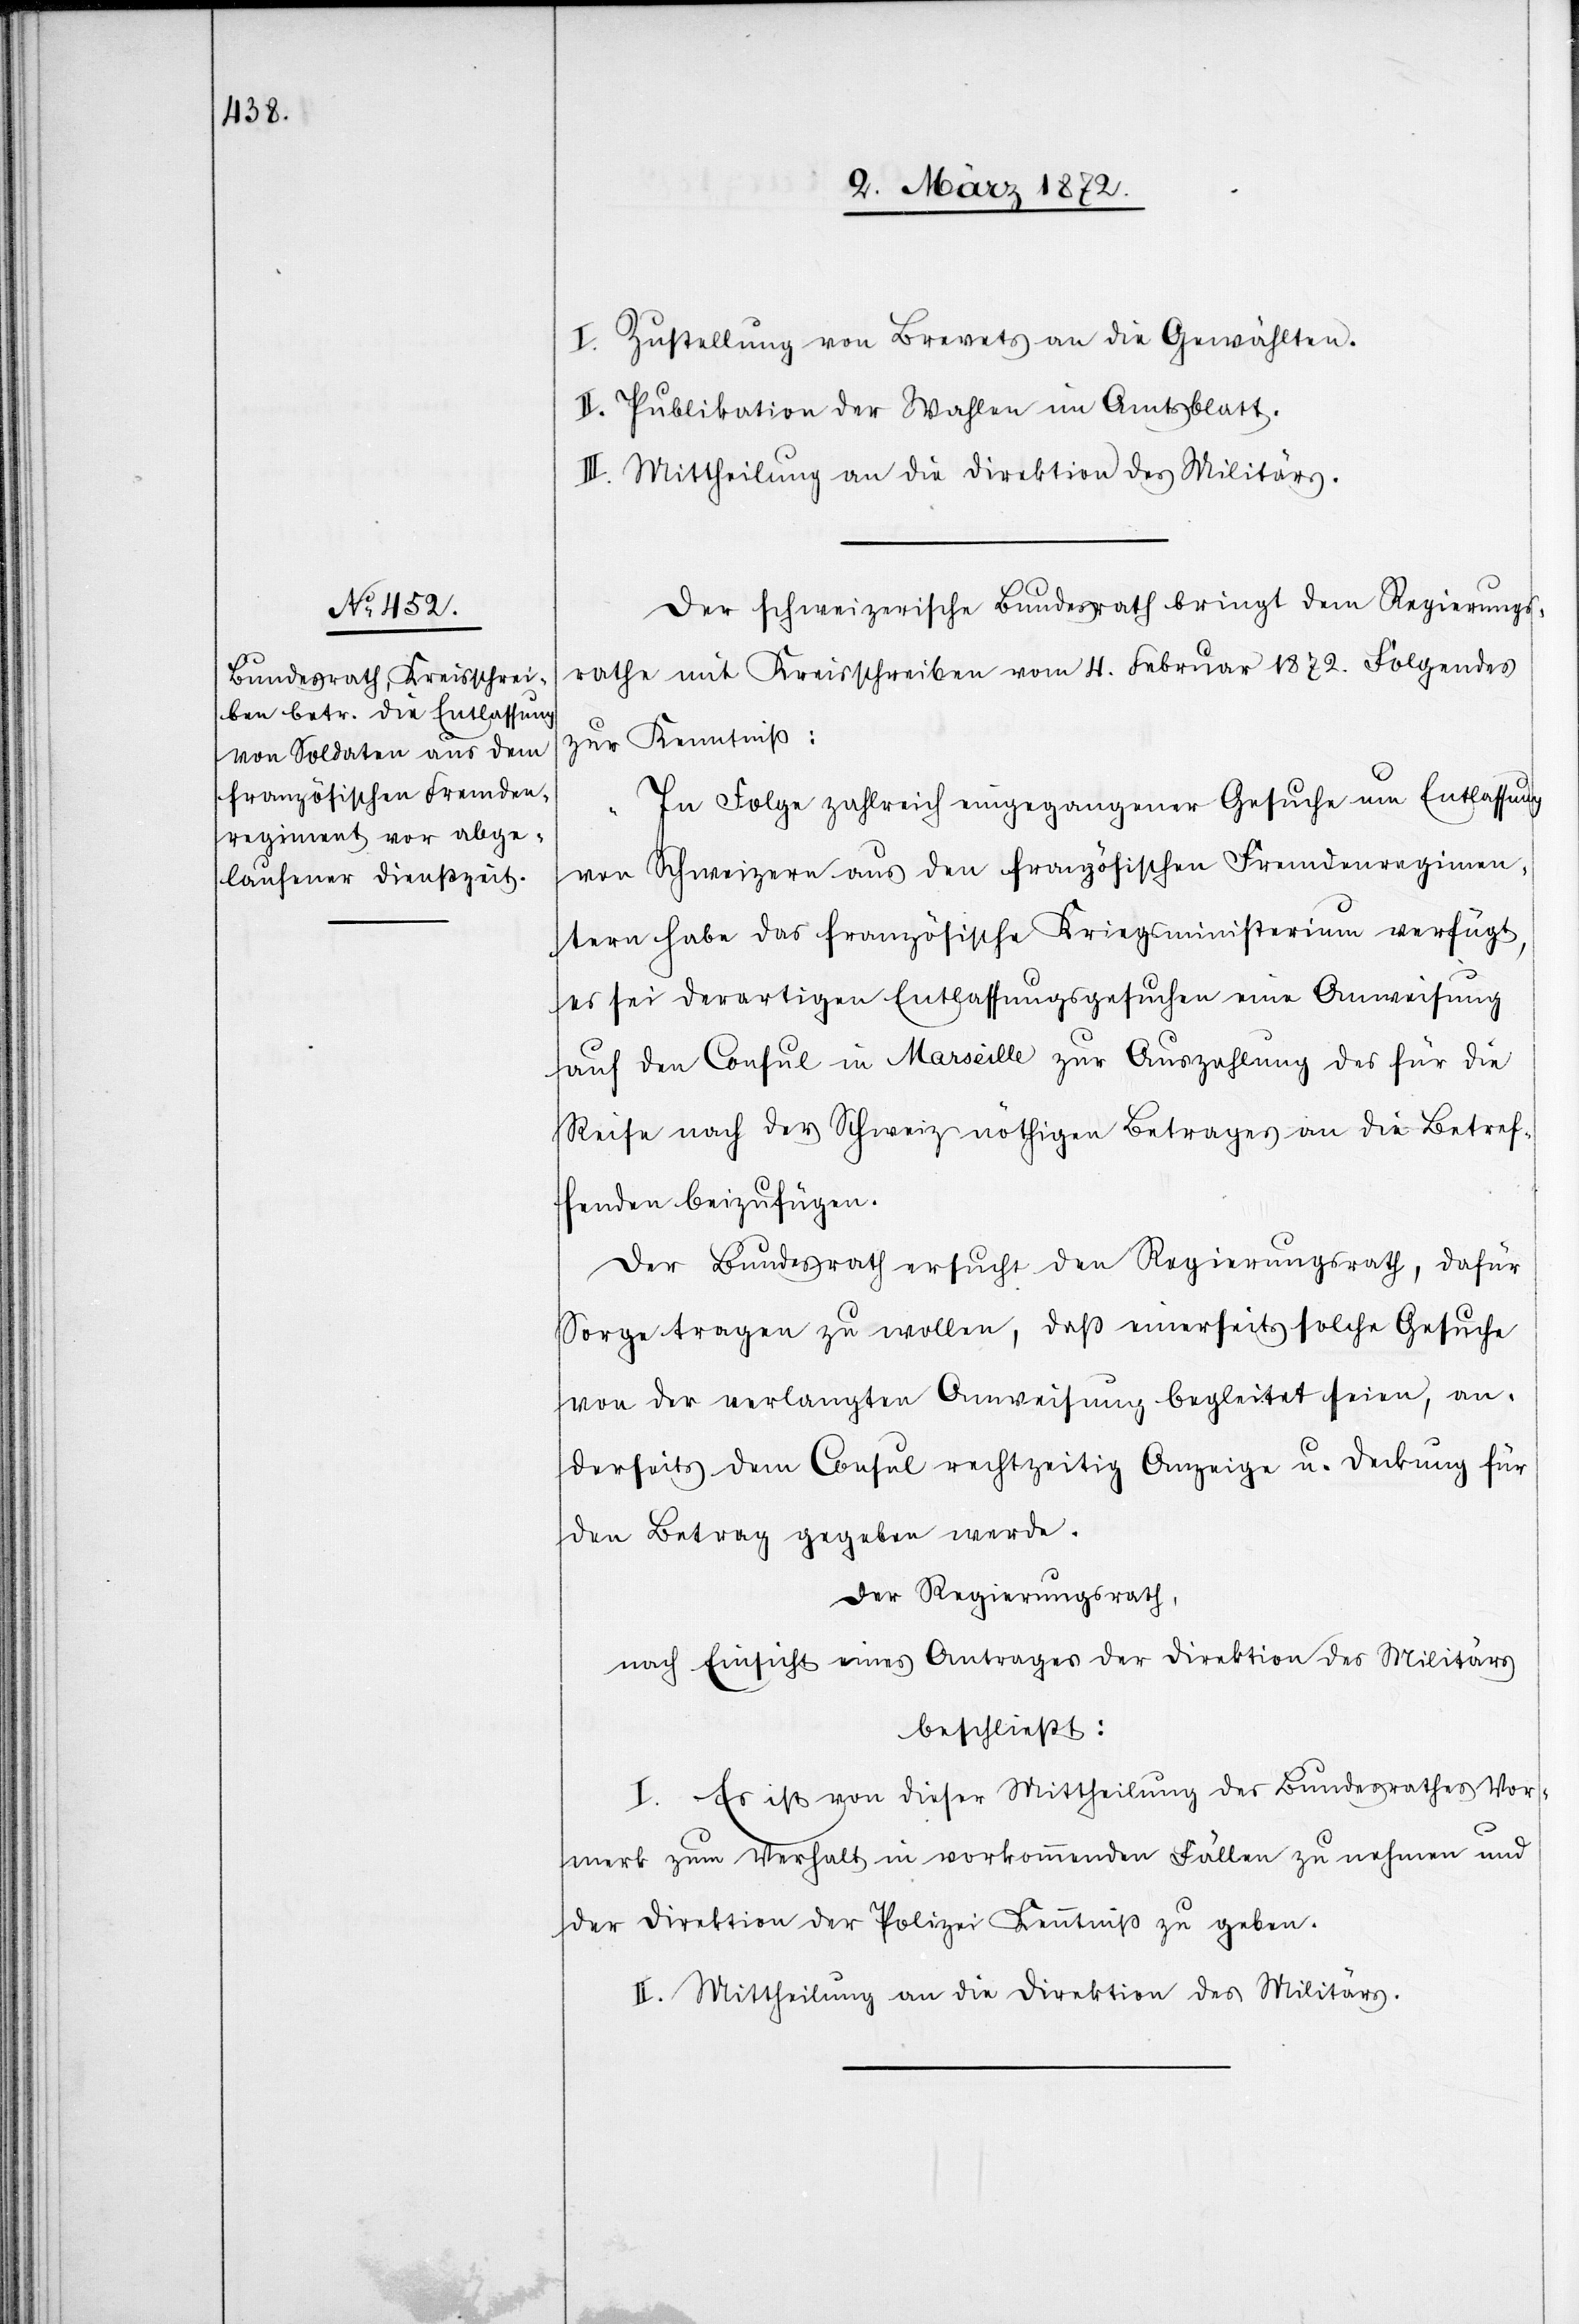
I. Zustellung von Brevets an die Gewählten.
II. Publikation der Wahlen im Amtsblatt.
III. Mittheilung an die Direktion des Militärs.
Der schweizerische Bundesrath bringt dem Regierungs¬
rathe mit Kreisschreiben vom 4. Februar 1872. Folgendes
zur Kenntniß:
„In Folge zahlreich eingegangener Gesuche um Entlassung
von Schweizern aus den französischen Fremdenregimen¬
tern habe das französische Kriegsministerium verfügt,
es sei derartigen Entlassungsgesuchen eine Anweisung
auf den Consul in Marseille zur Auszahlung des für die
Reise nach der Schweiz nöthigen Betrages an die Betref¬
fenden beizufügen.
Der Bundesrath ersucht den Regierungsrath, dafür
Sorge tragen zu wollen, daß einerseits solche Gesuche
von der verlangten Anweisung begleitet seien, an¬
derseits dem Consul rechtzeitig Anzeige u. Deckung für
den Betrag gegeben werde.
Der Regierungsrath,
nach Einsicht eines Antrages der Direktion des Militärs
beschließt:
I. Es ist von dieser Mittheilung des Bundesrathes Vor¬
merk zum Verhalt in vorkommenden Fällen zu nehmen und
der Direktion der Polizei Kenntniß zu geben.
II. Mittheilung an die Direktion des Militärs.